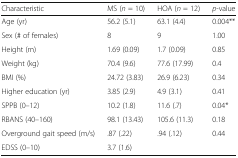
<table><thead><tr><td><b>Characteristic</b></td><td><b>MS (<i>n</i> = 10)</b></td><td><b>HOA (<i>n</i> = 12)</b></td><td><b><i>p</i>-value</b></td></tr></thead><tbody><tr><td>Age (yr)</td><td>56.2 (5.1)</td><td>63.1 (4.4)</td><td>0.004**</td></tr><tr><td>Sex (# of females)</td><td>8</td><td>9</td><td>1.00</td></tr><tr><td>Height (m)</td><td>1.69 (0.09)</td><td>1.7 (0.09)</td><td>0.85</td></tr><tr><td>Weight (kg)</td><td>70.4 (9.6)</td><td>77.6 (17.99)</td><td>0.4</td></tr><tr><td>BMI (%)</td><td>24.72 (3.83)</td><td>26.9 (6.23)</td><td>0.34</td></tr><tr><td>Higher education (yr)</td><td>3.85 (2.9)</td><td>4.9 (3.1)</td><td>0.41</td></tr><tr><td>SPPB (0–12)</td><td>10.2 (1.8)</td><td>11.6 (.7)</td><td>0.04*</td></tr><tr><td>RBANS (40–160)</td><td>98.1 (13.43)</td><td>105.6 (11.3)</td><td>0.18</td></tr><tr><td>Overground gait speed (m/s)</td><td>.87 (.22)</td><td>.94 (.12)</td><td>0.44</td></tr><tr><td>EDSS (0–10)</td><td>3.7 (1.6)</td><td colspan="2"></td></tr></tbody></table>